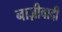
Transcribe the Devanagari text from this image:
नाज़ीवादी